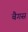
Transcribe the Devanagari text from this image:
बैगस